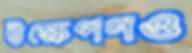
উক্ষেপণও